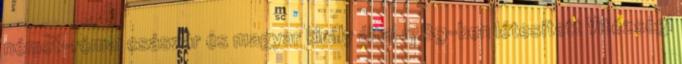
német-római császár és magyar király által 1789-ben létesített Vitézségi